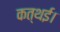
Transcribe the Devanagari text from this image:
कत्थई।